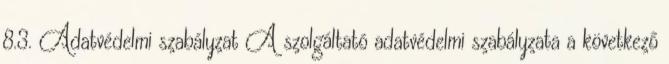
8.3. Adatvédelmi szabályzat A szolgáltató adatvédelmi szabályzata a következő